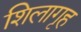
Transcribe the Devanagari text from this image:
शिलागृह